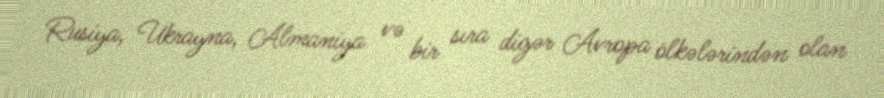
Rusiya, Ukrayna, Almaniya və bir sıra digər Avropa ölkələrindən olan